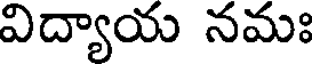
విద్యాయ నమః